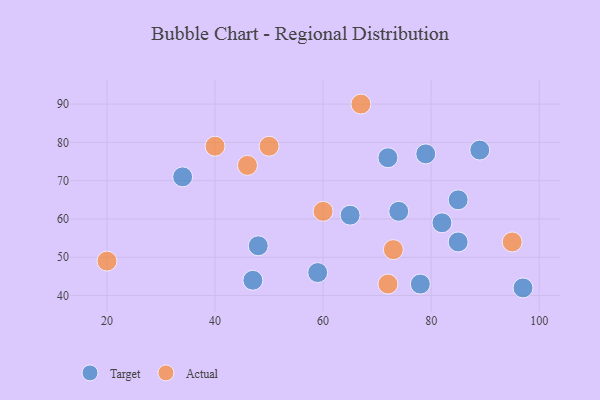
{"axis": {"x": "GDP", "y": "Life Expectancy"}, "legend": ["Actual", "Target"], "data": [{"x": "82", "y": 59, "type": "Target"}, {"x": "85", "y": 65, "type": "Target"}, {"x": "74", "y": 62, "type": "Target"}, {"x": "79", "y": 77, "type": "Target"}, {"x": "89", "y": 78, "type": "Target"}, {"x": "97", "y": 42, "type": "Target"}, {"x": "47", "y": 44, "type": "Target"}, {"x": "85", "y": 54, "type": "Target"}, {"x": "78", "y": 43, "type": "Target"}, {"x": "59", "y": 46, "type": "Target"}, {"x": "65", "y": 61, "type": "Target"}, {"x": "72", "y": 76, "type": "Target"}, {"x": "34", "y": 71, "type": "Target"}, {"x": "48", "y": 53, "type": "Target"}, {"x": "46", "y": 74, "type": "Actual"}, {"x": "20", "y": 49, "type": "Actual"}, {"x": "73", "y": 52, "type": "Actual"}, {"x": "67", "y": 90, "type": "Actual"}, {"x": "72", "y": 43, "type": "Actual"}, {"x": "95", "y": 54, "type": "Actual"}, {"x": "40", "y": 79, "type": "Actual"}, {"x": "60", "y": 62, "type": "Actual"}, {"x": "50", "y": 79, "type": "Actual"}]}